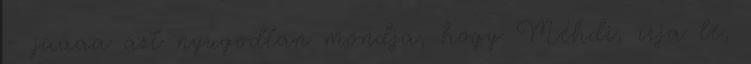
- jaaaa azt nyugodtan mondja, hogy Méhdi, írja le,